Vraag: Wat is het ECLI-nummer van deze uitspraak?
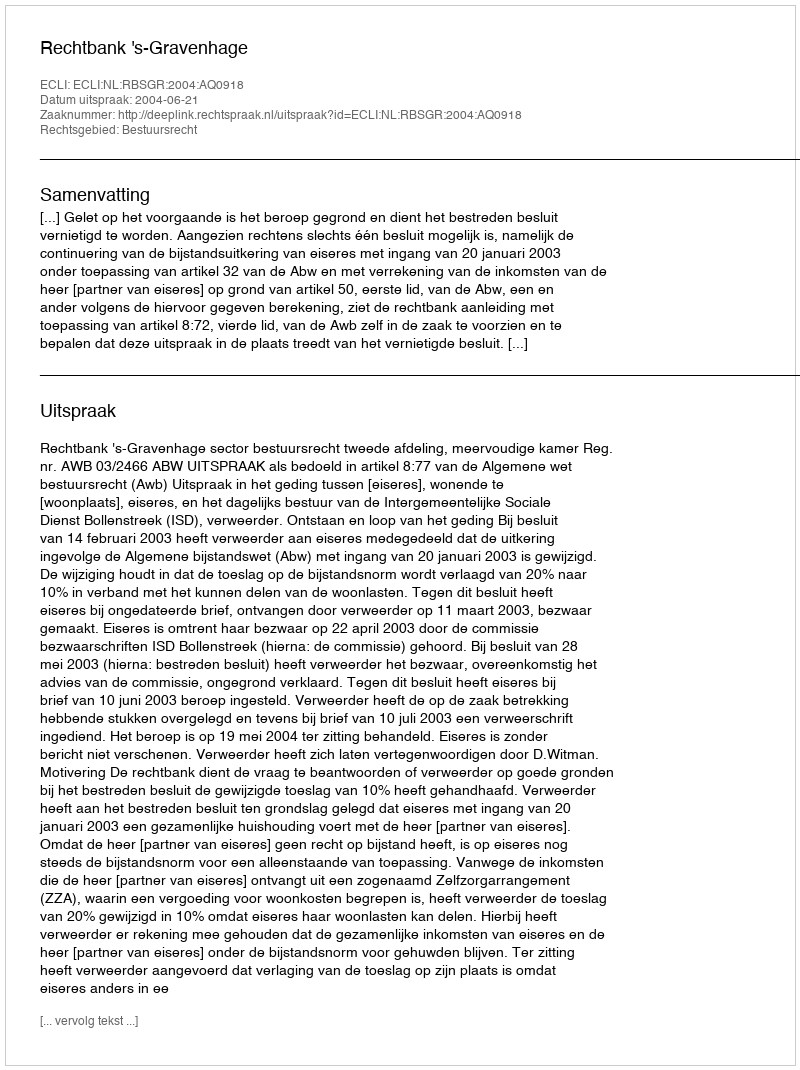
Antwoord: ECLI:NL:RBSGR:2004:AQ0918